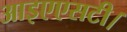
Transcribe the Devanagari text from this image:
आइएएसटी।